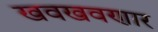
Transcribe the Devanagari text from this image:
खवखवणार